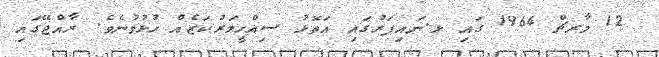
12 މާރޗް 1964 ގައި ޅ.ނައިފަރުގައި އަތޮޅު ސިއްހީމަރުކަޒެއް ހުޅުވުނެވެ. ރާއްޖޭގައި